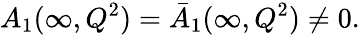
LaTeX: A_{1}(\infty,Q^{2})=\bar{A}_{1}(\infty,Q^{2})\neq 0.